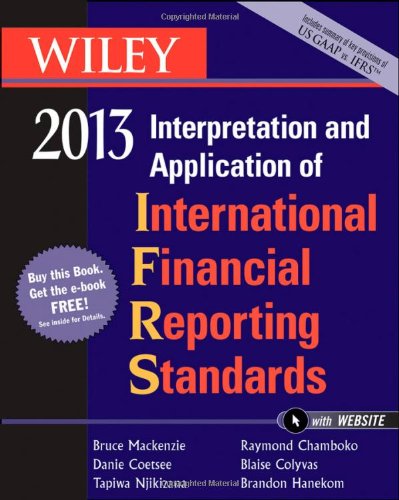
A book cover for Wiley IFRS 2013: Interpretation and Application of International Financial Reporting Standards; Bruce Mackenzie; Business & Money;